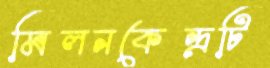
মিলনকেন্দ্রটি